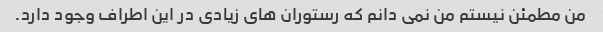
من مطمئن نیستم من نمی دانم که رستوران های زیادی در این اطراف وجود دارد.